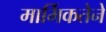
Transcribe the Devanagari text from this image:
मार्मिकतेने